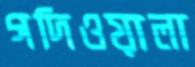
গদিওয়ালা